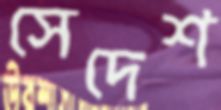
সেদেশ